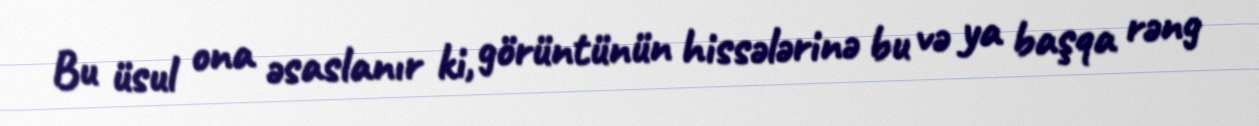
Bu üsul ona əsaslanır ki, görüntünün hissələrinə bu və ya başqa rəng